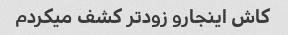
کاش اینجارو زودتر کشف میکردم